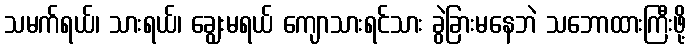
သမက်ရယ်၊ သားရယ်၊ ချွေးမရယ် ကျောသားရင်သား ခွဲခြားမနေဘဲ သဘောထားကြီးဖို့